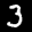
Label: 3